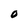
Character: 0